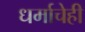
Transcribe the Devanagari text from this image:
धर्माचेही